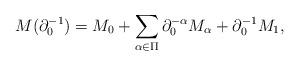
LaTeX: \begin{align*}M(\partial_{0}^{-1})=M_{0}+\sum_{\alpha\in\Pi}\partial_{0}^{-\alpha}M_{\alpha}+\partial_{0}^{-1}M_{1},\end{align*}